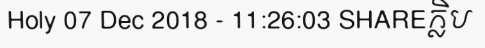
Holy 07 Dec 2018 - 11:26:03 SHAREក្លិប